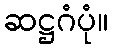
ဆဋ္ဌဂံပုံ။